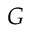
G